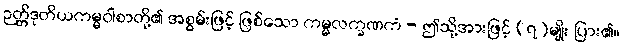
ဉတ္တိဒုတိယကမ္မဝါစာတို့၏ အစွမ်းဖြင့် ဖြစ်သော ကမ္မလက္ခဏကံ - ဤသို့အားဖြင့် (၇)မျိုး ပြား၏။